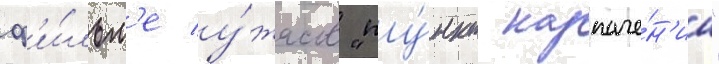
ф'и́льм'е у́жасов "пу́нкт назначе́н'иа"